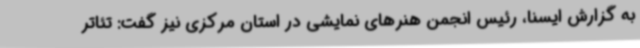
به گزارش ایسنا، رئیس انجمن هنرهای نمایشی در استان مرکزی نیز گفت: تئاتر